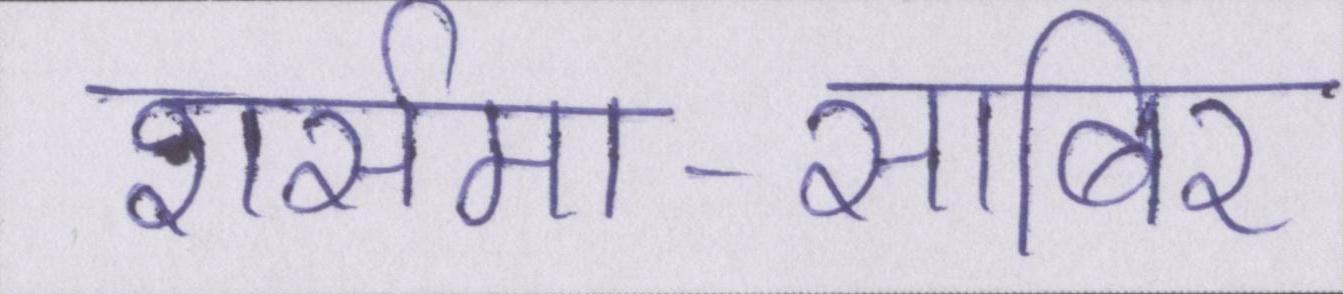
शर्समा-साबिर